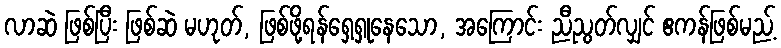
လာဆဲ ဖြစ်ပြီး ဖြစ်ဆဲ မဟုတ်, ဖြစ်ဖို့ရန်ရှေ့ရှုနေသော, အကြောင်း ညီညွတ်လျှင် ဧကန်ဖြစ်မည့်